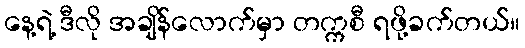
နေ့ရဲ့ ဒီလို အချိန်လောက်မှာ တက္ကစီ ရဖို့ခက်တယ်။